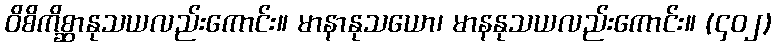
ဝိစိကိစ္ဆာနုသယလည်းကောင်း။ မာနာနုသယော၊ မာနနုသယလည်းကောင်း။ (၄၀၂)